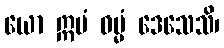
ယော ဣမံ ဓမ္မံ ဒေသေသိ၊